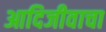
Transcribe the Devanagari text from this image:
आदिजीवाचा